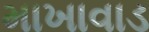
માખાવાડ